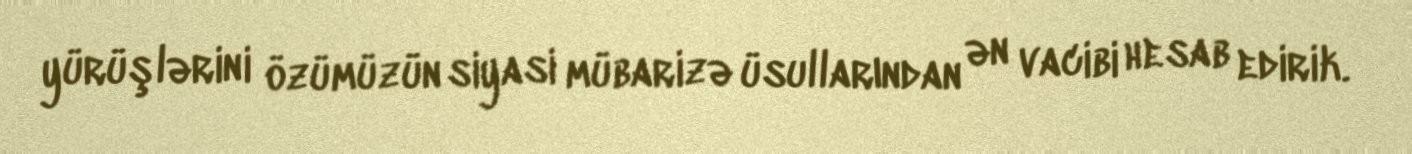
yürüşlərini özümüzün siyasi mübarizə üsullarından ən vacibi hesab edirik.